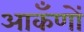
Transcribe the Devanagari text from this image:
आकँणों